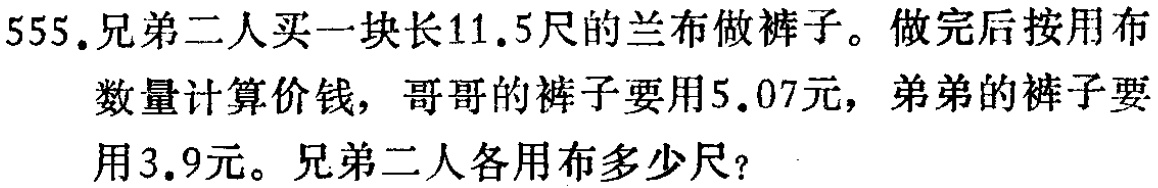
555. 兄弟二人买一块长11.5尺的兰布做裤子。做完后按用布数量计算价钱，哥哥的裤子要用5.07元，弟弟的裤子要用3.9元。兄弟二人各用布多少尺？